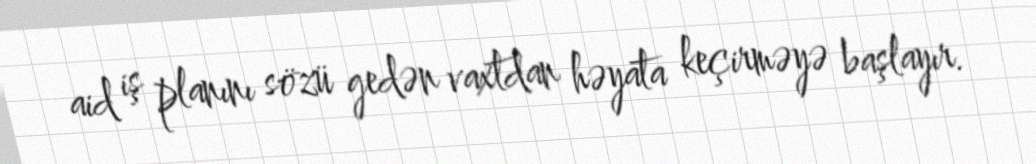
aid iş planını sözü gedən vaxtdan həyata keçirməyə başlayır.